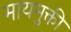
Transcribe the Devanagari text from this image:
मायमुक्ती